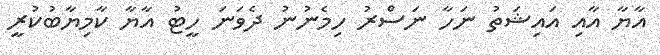
އާޔާ އާއި އައިޝަތު ނަހާ ނަސްރު ހިމެނުނު ދެވަނަ ހީޓު އާޔާ ކާމިޔާބުކުރީ